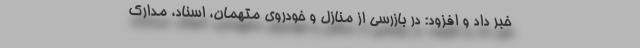
خبر داد و افزود: در بازرسی از منازل و خودروی متهمان، اسناد، مدارک